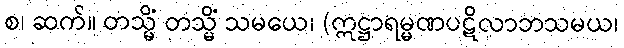
စ၊ ဆက်။ တသ္မိံ တသ္မိံ သမယေ၊ (ဣဋ္ဌာရမ္မဏပဋိလာဘသမယ၊